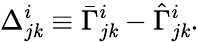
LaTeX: \Delta_{j\mathit{k}}^{i}\equiv\bar{{\Gamma}}_{j\mathit{k}}^{i}-\hat{{\Gamma}}_{j\mathit{k}}^{i}.